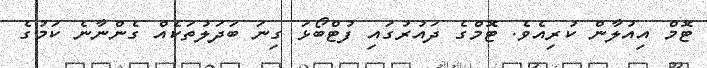
ޓޮމް އިއުލާން ކުރިއެވެ. ޓޮމްގެ ދައުރުގައި ފުޓްބޯޅަ ގިނަ ބަދަލުތަކެއް ގެންނާނެ ކަމުގެ